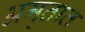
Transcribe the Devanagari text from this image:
अमृतात